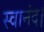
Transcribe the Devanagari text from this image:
स्वानंद।